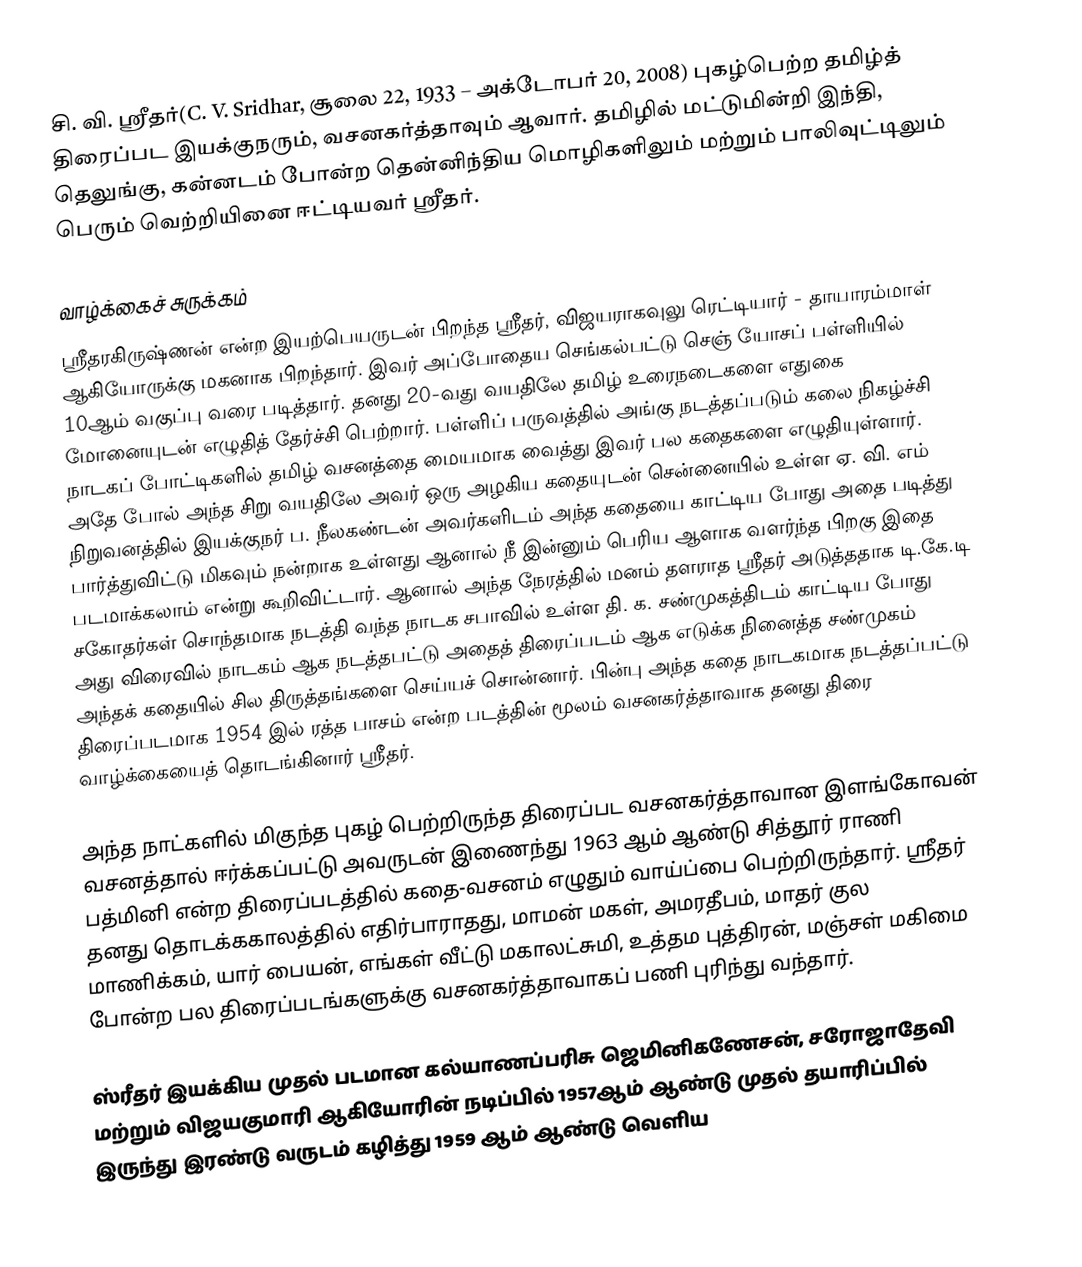
சி. வி. ஶ்ரீதர்(C. V. Sridhar, சூலை 22, 1933 – அக்டோபர் 20, 2008) புகழ்பெற்ற தமிழ்த் திரைப்பட இயக்குநரும், வசனகர்த்தாவும் ஆவார். தமிழில் மட்டுமின்றி இந்தி, தெலுங்கு, கன்னடம் போன்ற தென்னிந்திய மொழிகளிலும் மற்றும் பாலிவுட்டிலும் பெரும் வெற்றியினை ஈட்டியவர் ஸ்ரீதர்.

வாழ்க்கைச் சுருக்கம்
ஶ்ரீதரகிருஷ்ணன் என்ற இயற்பெயருடன் பிறந்த ஶ்ரீதர், விஜயராகவுலு ரெட்டியார் - தாயாரம்மாள் ஆகியோருக்கு மகனாக பிறந்தார். இவர் அப்போதைய செங்கல்பட்டு செஞ் யோசப் பள்ளியில் 10ஆம் வகுப்பு வரை படித்தார். தனது 20-வது வயதிலே தமிழ் உரைநடைகளை எதுகை மோனையுடன் எழுதித் தேர்ச்சி பெற்றார். பள்ளிப் பருவத்தில் அங்கு நடத்தப்படும் கலை நிகழ்ச்சி நாடகப் போட்டிகளில் தமிழ் வசனத்தை மையமாக வைத்து இவர் பல கதைகளை எழுதியுள்ளார். அதே போல் அந்த சிறு வயதிலே அவர் ஒரு அழகிய கதையுடன் சென்னையில் உள்ள ஏ. வி. எம் நிறுவனத்தில் இயக்குநர் ப. நீலகண்டன் அவர்களிடம் அந்த கதையை காட்டிய போது அதை படித்து பார்த்துவிட்டு மிகவும் நன்றாக உள்ளது ஆனால் நீ இன்னும் பெரிய ஆளாக வளர்ந்த பிறகு இதை படமாக்கலாம் என்று கூறிவிட்டார். ஆனால் அந்த நேரத்தில் மனம் தளராத ஶ்ரீதர் அடுத்ததாக டி.கே.டி சகோதர்கள் சொந்தமாக நடத்தி வந்த நாடக சபாவில் உள்ள தி. க. சண்முகத்திடம் காட்டிய போது அது விரைவில் நாடகம் ஆக நடத்தபட்டு அதைத் திரைப்படம் ஆக எடுக்க நினைத்த சண்முகம் அந்தக் கதையில் சில திருத்தங்களை செய்யச் சொன்னார். பின்பு அந்த கதை நாடகமாக நடத்தப்பட்டு திரைப்படமாக 1954 இல் ரத்த பாசம் என்ற படத்தின் மூலம் வசனகர்த்தாவாக தனது திரை வாழ்க்கையைத் தொடங்கினார் ஸ்ரீதர்.

அந்த நாட்களில் மிகுந்த புகழ் பெற்றிருந்த திரைப்பட வசனகர்த்தாவான இளங்கோவன் வசனத்தால் ஈர்க்கப்பட்டு அவருடன் இணைந்து 1963 ஆம் ஆண்டு சித்தூர் ராணி பத்மினி என்ற திரைப்படத்தில் கதை-வசனம் எழுதும் வாய்ப்பை பெற்றிருந்தார். ஶ்ரீதர் தனது தொடக்ககாலத்தில் எதிர்பாராதது, மாமன் மகள், அமரதீபம், மாதர் குல மாணிக்கம், யார் பையன், எங்கள் வீட்டு மகாலட்சுமி, உத்தம புத்திரன், மஞ்சள் மகிமை போன்ற பல திரைப்படங்களுக்கு வசனகர்த்தாவாகப் பணி புரிந்து வந்தார்.

ஸ்ரீதர் இயக்கிய முதல் படமான கல்யாணப்பரிசு ஜெமினிகணேசன், சரோஜாதேவி மற்றும் விஜயகுமாரி ஆகியோரின் நடிப்பில் 1957ஆம் ஆண்டு முதல் தயாரிப்பில் இருந்து இரண்டு வருடம் கழித்து 1959 ஆம் ஆண்டு வெளிய